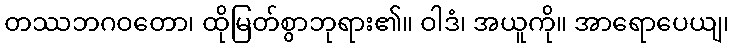
တဿဘဂဝတော၊ ထိုမြတ်စွာဘုရား၏။ ဝါဒံ၊ အယူကို။ အာရောပေယျ၊